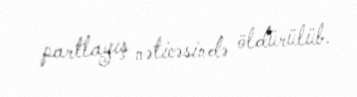
partlayış nəticəsində öldürülüb.